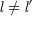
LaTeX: { \mathit { l } } \neq { \mathit { l } } ^ { \prime }